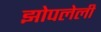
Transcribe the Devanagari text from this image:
झोपलेली